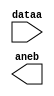
// megafunction wizard: %LPM_COMPARE%VBB%
// GENERATION: STANDARD
// VERSION: WM1.0
// MODULE: LPM_COMPARE 

// ============================================================
// Megafunction Name(s):
// 			LPM_COMPARE
//
// Simulation Library Files(s):
// 			lpm
// ============================================================
// ************************************************************
// THIS IS A WIZARD-GENERATED FILE. DO NOT EDIT THIS FILE!
//
// 13.1.0 Build 162 10/23/2013 SJ Full Version
// ************************************************************

//Copyright (C) 1991-2013 Altera Corporation
//Your use of Altera Corporation's design tools, logic functions 
//and other software and tools, and its AMPP partner logic 
//functions, and any output files from any of the foregoing 
//(including device programming or simulation files), and any 
//associated documentation or information are expressly subject 
//to the terms and conditions of the Altera Program License 
//Subscription Agreement, Altera MegaCore Function License 
//Agreement, or other applicable license agreement, including, 
//without limitation, that your use is for the sole purpose of 
//programming logic devices manufactured by Altera and sold by 
//Altera or its authorized distributors.  Please refer to the 
//applicable agreement for further details.

module comp_st (
	dataa,
	aneb);

	input	[4:0]  dataa;
	output	  aneb;

endmodule

// ============================================================
// CNX file retrieval info
// ============================================================
// Retrieval info: PRIVATE: AeqB NUMERIC "0"
// Retrieval info: PRIVATE: AgeB NUMERIC "0"
// Retrieval info: PRIVATE: AgtB NUMERIC "0"
// Retrieval info: PRIVATE: AleB NUMERIC "0"
// Retrieval info: PRIVATE: AltB NUMERIC "0"
// Retrieval info: PRIVATE: AneB NUMERIC "1"
// Retrieval info: PRIVATE: INTENDED_DEVICE_FAMILY STRING "Cyclone V"
// Retrieval info: PRIVATE: LPM_PIPELINE NUMERIC "0"
// Retrieval info: PRIVATE: Latency NUMERIC "0"
// Retrieval info: PRIVATE: PortBValue NUMERIC "8"
// Retrieval info: PRIVATE: Radix NUMERIC "10"
// Retrieval info: PRIVATE: SYNTH_WRAPPER_GEN_POSTFIX STRING "0"
// Retrieval info: PRIVATE: SignedCompare NUMERIC "0"
// Retrieval info: PRIVATE: aclr NUMERIC "0"
// Retrieval info: PRIVATE: clken NUMERIC "0"
// Retrieval info: PRIVATE: isPortBConstant NUMERIC "1"
// Retrieval info: PRIVATE: nBit NUMERIC "5"
// Retrieval info: PRIVATE: new_diagram STRING "1"
// Retrieval info: LIBRARY: lpm lpm.lpm_components.all
// Retrieval info: CONSTANT: LPM_HINT STRING "ONE_INPUT_IS_CONSTANT=YES"
// Retrieval info: CONSTANT: LPM_REPRESENTATION STRING "UNSIGNED"
// Retrieval info: CONSTANT: LPM_TYPE STRING "LPM_COMPARE"
// Retrieval info: CONSTANT: LPM_WIDTH NUMERIC "5"
// Retrieval info: USED_PORT: aneb 0 0 0 0 OUTPUT NODEFVAL "aneb"
// Retrieval info: USED_PORT: dataa 0 0 5 0 INPUT NODEFVAL "dataa[4..0]"
// Retrieval info: CONNECT: @dataa 0 0 5 0 dataa 0 0 5 0
// Retrieval info: CONNECT: @datab 0 0 5 0 8 0 0 5 0
// Retrieval info: CONNECT: aneb 0 0 0 0 @aneb 0 0 0 0
// Retrieval info: GEN_FILE: TYPE_NORMAL comp_st.v TRUE
// Retrieval info: GEN_FILE: TYPE_NORMAL comp_st.inc FALSE
// Retrieval info: GEN_FILE: TYPE_NORMAL comp_st.cmp FALSE
// Retrieval info: GEN_FILE: TYPE_NORMAL comp_st.bsf TRUE
// Retrieval info: GEN_FILE: TYPE_NORMAL comp_st_inst.v FALSE
// Retrieval info: GEN_FILE: TYPE_NORMAL comp_st_bb.v TRUE
// Retrieval info: LIB_FILE: lpm